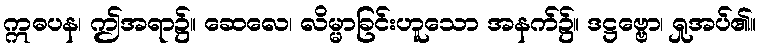
ဣဓပန၊ ဤအရာ၌။ ဆေလေ၊ လိမ္မာခြင်းဟူသော အနက်၌။ ဒဋ္ဌဗ္ဗော၊ ရှုအပ်၏။